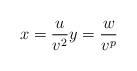
LaTeX: \begin{align*} x = \frac{u}{v^2} y = \frac{w}{v^p}\end{align*}